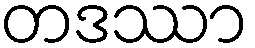
တဒဿာ